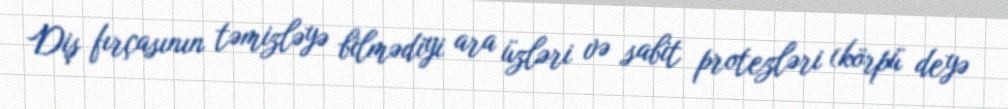
Diş fırçasının təmizləyə bilmədiyi ara üzləri və sabit protezləri (körpü deyə